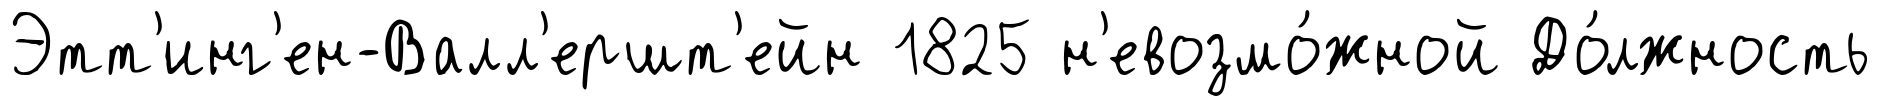
Этт'инг'ен-Валл'ершт'ейн 1825 н'евозмо́жной До́лжность